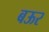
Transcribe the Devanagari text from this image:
बऊर